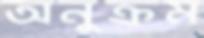
অনুক্রম